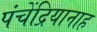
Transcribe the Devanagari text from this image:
पंचेंद्रियानाह